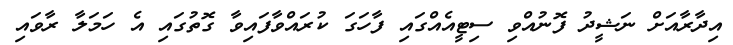
އިދާރާއަށް ނަޝީދު ފޮނުއްވި ސިޓީއެއްގައި ފާހަގަ ކުރައްވާފައިވާ ގޮތުގައި އެ ހަމަލާ ރާވައި